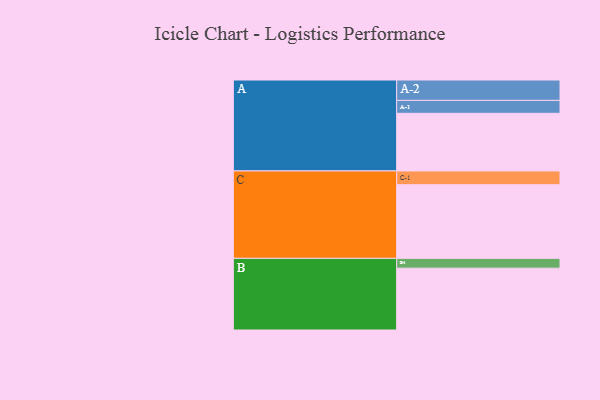
{"axis": {"x": "Segment", "y": "Value"}, "legend": ["", "A", "B", "C"], "data": [{"x": "A", "y": 370, "type": ""}, {"x": "B", "y": 397, "type": ""}, {"x": "C", "y": 473, "type": ""}, {"x": "A-1", "y": 83, "type": "A"}, {"x": "A-2", "y": 131, "type": "A"}, {"x": "B-1", "y": 63, "type": "B"}, {"x": "C-1", "y": 88, "type": "C"}]}